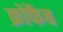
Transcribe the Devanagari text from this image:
क्रोफैब